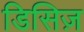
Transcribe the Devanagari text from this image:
डिसिज़